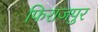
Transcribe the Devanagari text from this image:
फिराजपुर